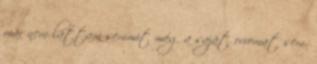
már nem láttam semmit még a saját orromat sem.